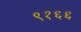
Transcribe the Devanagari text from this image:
९१६६